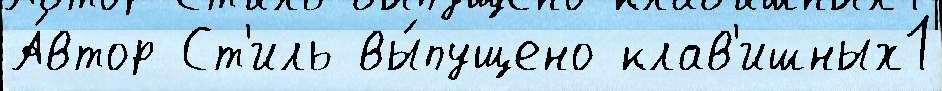
А́втор Ст'иль вы́пущено клав'ишных1